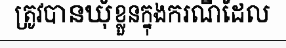
ត្រូវបានឃុំខ្លួនក្នុងករណីដែល